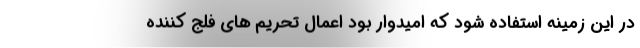
در این زمینه استفاده شود که امیدوار بود اعمال تحریم های فلج کننده